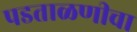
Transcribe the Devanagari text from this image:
पडताळणीचा